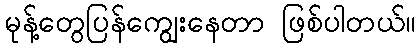
မုန့်တွေပြန်ကျွေးနေတာ ဖြစ်ပါတယ်။